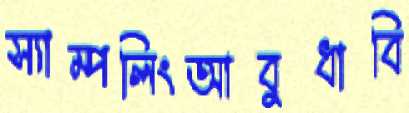
স্যাম্পলিংআবুধাবি